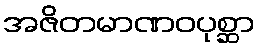
အဇိတမာဏဝပုစ္ဆာ